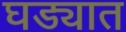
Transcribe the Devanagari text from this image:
घड्यात